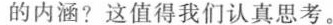
的内涵?这值得我们认真思考。